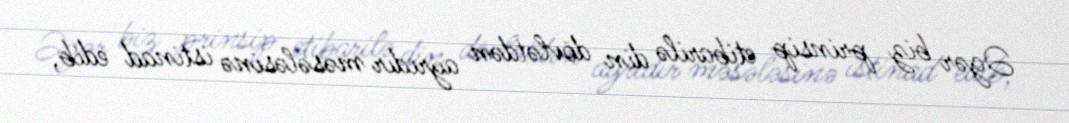
Əgər biz prinsip etibarilə din dövlətdən ayrıdır məsələsinə istinad edib,